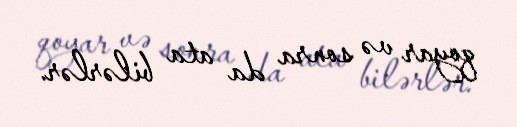
qoyar və sonra da ata bilərlər.